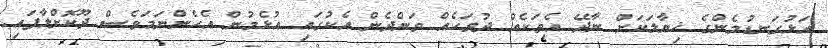
އަޅުގަނޑުމެންގެ ޚިޔާލަކަށް ނާދޭ އެތަކެއް ދުވަހެއް ވަންދެން އެކުގައި އުޅެމުން އެހެންނަމަވެސް ދޫކޮށްލާފައި